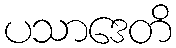
ပသာဒေတိ